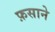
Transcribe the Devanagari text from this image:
फ़साने